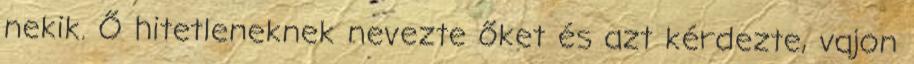
nekik. Ő hitetleneknek nevezte őket és azt kérdezte, vajon